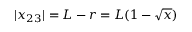
| x _ { 2 3 } | = L - r = L ( 1 - \sqrt { x } )